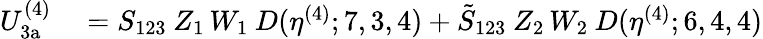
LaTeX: \begin{array}{rl}{U_{\mathrm{3a}}^{(4)}}&{{}=S_{123}\: Z_{1}\, W_{1}\: D(\eta^{(4)};7,3,4)+\tilde{S}_{123}\: Z_{2}\, W_{2}\: D(\eta^{(4)};6,4,4)}\end{array}